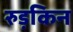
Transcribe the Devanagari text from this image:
रुड़किन